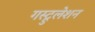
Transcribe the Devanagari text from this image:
गस्ट्रुलेशन